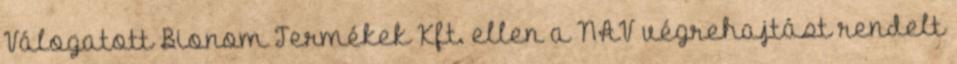
Válogatott Bionom Termékek Kft. ellen a NAV végrehajtást rendelt